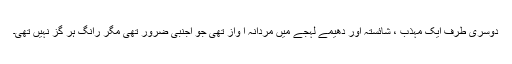
دوسری طرف ایک مہذب ، شائستہ اور دھیمے لہجے میں مردانہ آ واز تھی جو اجنبی ضرور تھی مگر رانگ ہر گز نہیں تھی۔